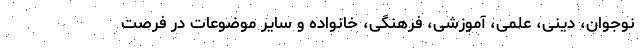
نوجوان، دینی، علمی، آموزشی، فرهنگی، خانواده و سایر موضوعات در فرصت